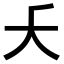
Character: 𫯛